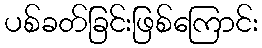
ပစ်ခတ်ခြင်းဖြစ်ကြောင်း